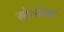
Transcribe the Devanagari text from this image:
मोत्यांवर